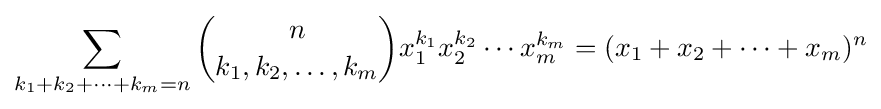
\sum _{k_{1}+k_{2}+\cdots +k_{m}=n}{n \choose k_{1},k_{2},\ldots ,k_{m}}x_{1}^{k_{1}}x_{2}^{k_{2}}\cdots x_{m}^{k_{m}}=(x_{1}+x_{2}+\cdots +x_{m})^{n}